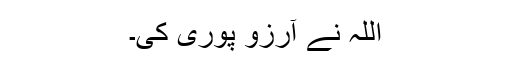
اللہ نے آرزو پوری کی۔